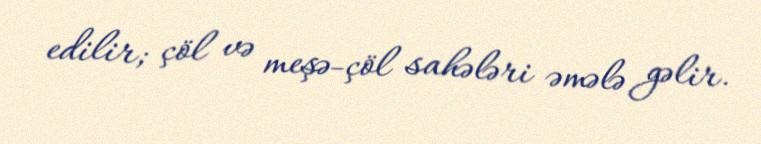
edilir; çöl və meşə-çöl sahələri əmələ gəlir.